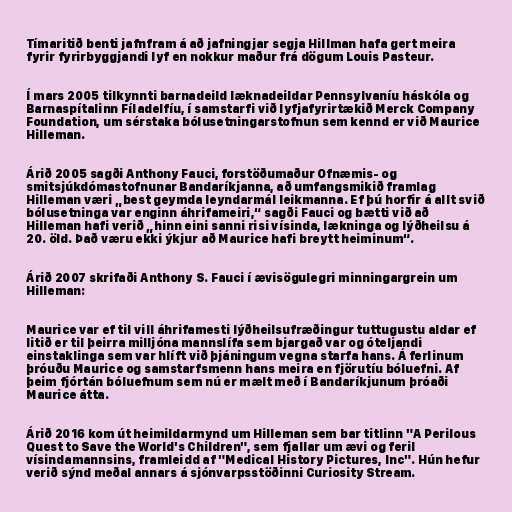
Tímaritið benti jafnfram á að jafningjar segja Hillman hafa gert meira
fyrir fyrirbyggjandi lyf en nokkur maður frá dögum Louis Pasteur.

Í mars 2005 tilkynnti barnadeild læknadeildar Pennsylvaníu háskóla og
Barnaspítalinn Fíladelfíu, í samstarfi við lyfjafyrirtækið Merck Company
Foundation, um sérstaka bólusetningarstofnun sem kennd er við Maurice
Hilleman.

Árið 2005 sagði Anthony Fauci, forstöðumaður Ofnæmis- og
smitsjúkdómastofnunar Bandaríkjanna, að umfangsmikið framlag
Hilleman væri „best geymda leyndarmál leikmanna. Ef þú horfir á allt svið
bólusetninga var enginn áhrifameiri,“ sagði Fauci og bætti við að
Hilleman hafi verið „hinn eini sanni risi vísinda, lækninga og lýðheilsu á
20. öld. Það væru ekki ýkjur að Maurice hafi breytt heiminum“.

Árið 2007 skrifaði Anthony S. Fauci í ævisögulegri minningargrein um
Hilleman:

Maurice var ef til vill áhrifamesti lýðheilsufræðingur tuttugustu aldar ef
litið er til þeirra milljóna mannslífa sem bjargað var og óteljandi
einstaklinga sem var hlíft við þjáningum vegna starfa hans. Á ferlinum
þróuðu Maurice og samstarfsmenn hans meira en fjörutíu bóluefni. Af
þeim fjórtán bóluefnum sem nú er mælt með í Bandaríkjunum þróaði
Maurice átta.

Árið 2016 kom út heimildarmynd um Hilleman sem bar titlinn "A Perilous
Quest to Save the World's Children", sem fjallar um ævi og feril
vísindamannsins, framleidd af "Medical History Pictures, Inc". Hún hefur
verið sýnd meðal annars á sjónvarpsstöðinni Curiosity Stream.